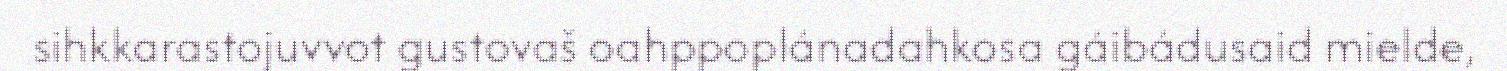
sihkkarastojuvvot gustovaš oahppoplánadahkosa gáibádusaid mielde,